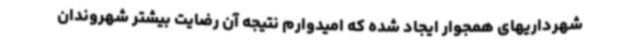
شهرداریهای همجوار ایجاد شده که امیدوارم نتیجه آن رضایت بیشتر شهروندان